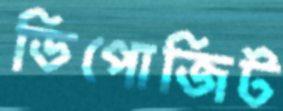
ডিপোজিট